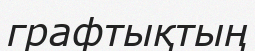
графтықтың